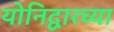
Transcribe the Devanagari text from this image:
योनिद्वारच्या